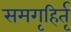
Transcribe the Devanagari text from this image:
समगृहिर्तृ